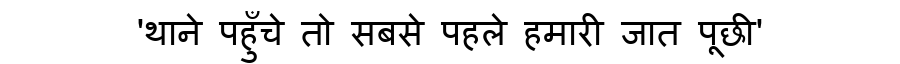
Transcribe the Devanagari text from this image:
'थाने पहुँचे तो सबसे पहले हमारी जात पूछी'